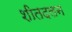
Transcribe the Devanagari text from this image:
शीतदलन